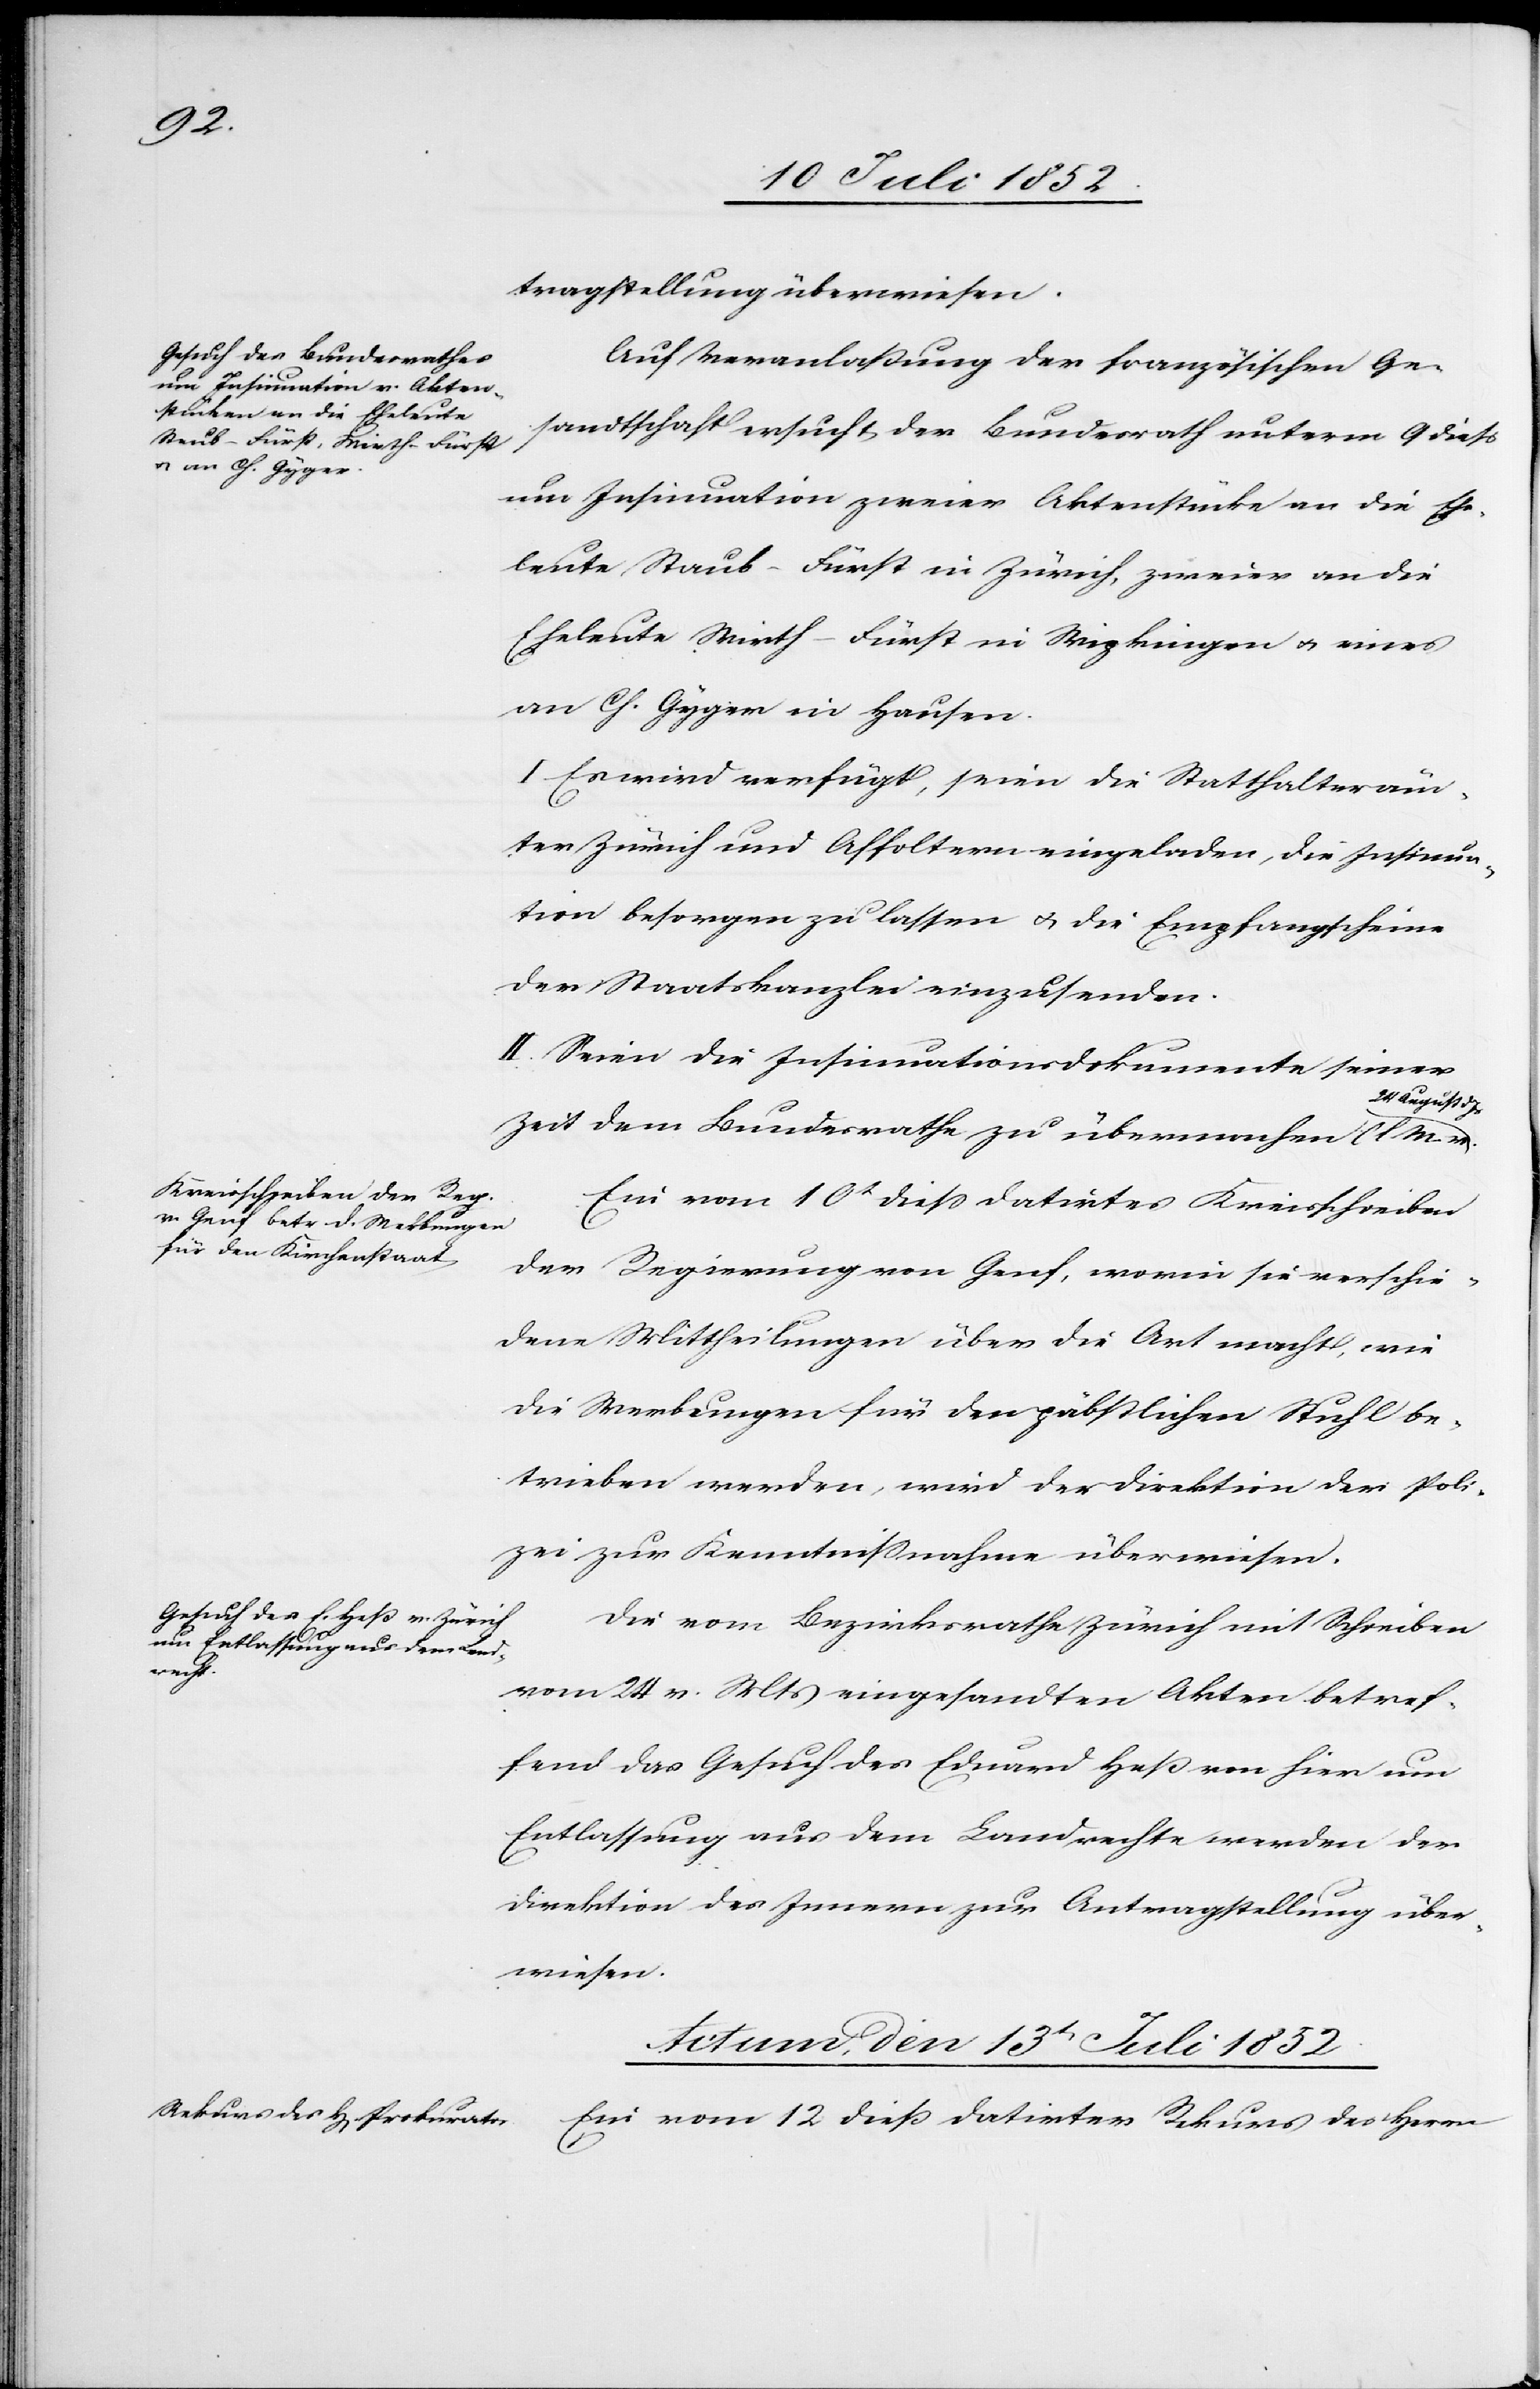
tragstellung überwiesen.
Auf Veranlaßung der französischen Ge¬
sandtschaft ersucht der Bundesrath unterm 9 dieß
um Insinuation zweier Aktenstücke an die Ehe¬
leute Staub-Fürst in Zürich, zweier an die
Eheleute Wirth-Fürst in Wipkingen & eines
an Ch. Gyger in Hausen.
I Es wird verfügt, seien die Statthalteräm¬
ter Zürich und Affoltern eingeladen, die Insinua¬
tion besorgen zu lassen & die Empfangscheine
der Staatskanzlei einzusenden.
II. Seien die Insinuationsdokumente seiner
24 August d
Zeit dem Bundesrathe zu übermachen (l M. v.
Ein vom 10t diess datirtes Kreisschreiben
der Regierung von Genf, worin sie verschie¬
dene Mittheilungen über die Art macht, wie
die Werbungen für den päbstlichen Stuhl be¬
trieben werden, wird der Direktion der Poli¬
zei zur Kenntnissnahme überwiesen.
Die vom Bezirksrathe Zürich mit Schreiben
vom 24 v. Mts eingesandten Akten betref¬
fend das Gesuch des Eduard Heß von hier um
Entlassung aus dem Landrechte werden der
Direktion des Innern zur Antragstellung über¬
wiesen.
Actum, den 13t Juli 1852.
Ein vom 12 dieß datirter Rekurs des Herrn